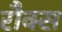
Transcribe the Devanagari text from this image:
रौक्स